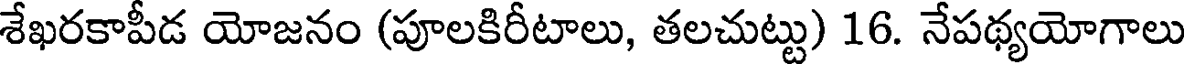
శేఖరకాపీడ యోజనం (పూలకిరీటాలు, తలచుట్టు) 16. నేపథ్యయోగాలు